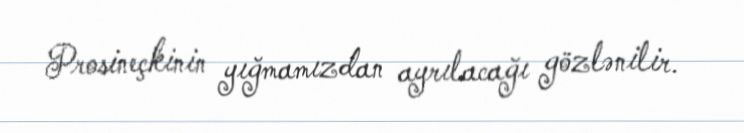
Prosineçkinin yığmamızdan ayrılacağı gözlənilir.